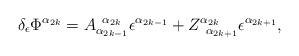
LaTeX: \begin{align*}\delta _\epsilon \Phi ^{\alpha _{2k}}=A_{\alpha_{2k-1}}^{\;\;\alpha _{2k}}\epsilon ^{\alpha _{2k-1}}+Z_{\;\;\alpha_{2k+1}}^{\alpha _{2k}}\epsilon ^{\alpha _{2k+1}},\end{align*}